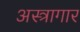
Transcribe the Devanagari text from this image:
अस्त्रागार